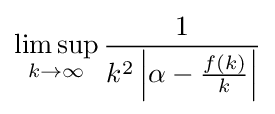
\limsup _{k\to \infty }{\frac {1}{k^{2}\left\vert \alpha -{\frac {f(k)}{k}}\right\vert }}